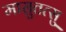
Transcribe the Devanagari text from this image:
मासुतत्सु